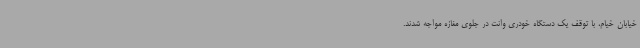
خیابان خیام، با توقف یک دستگاه خودری وانت در جلوی مغازه مواجه شدند.